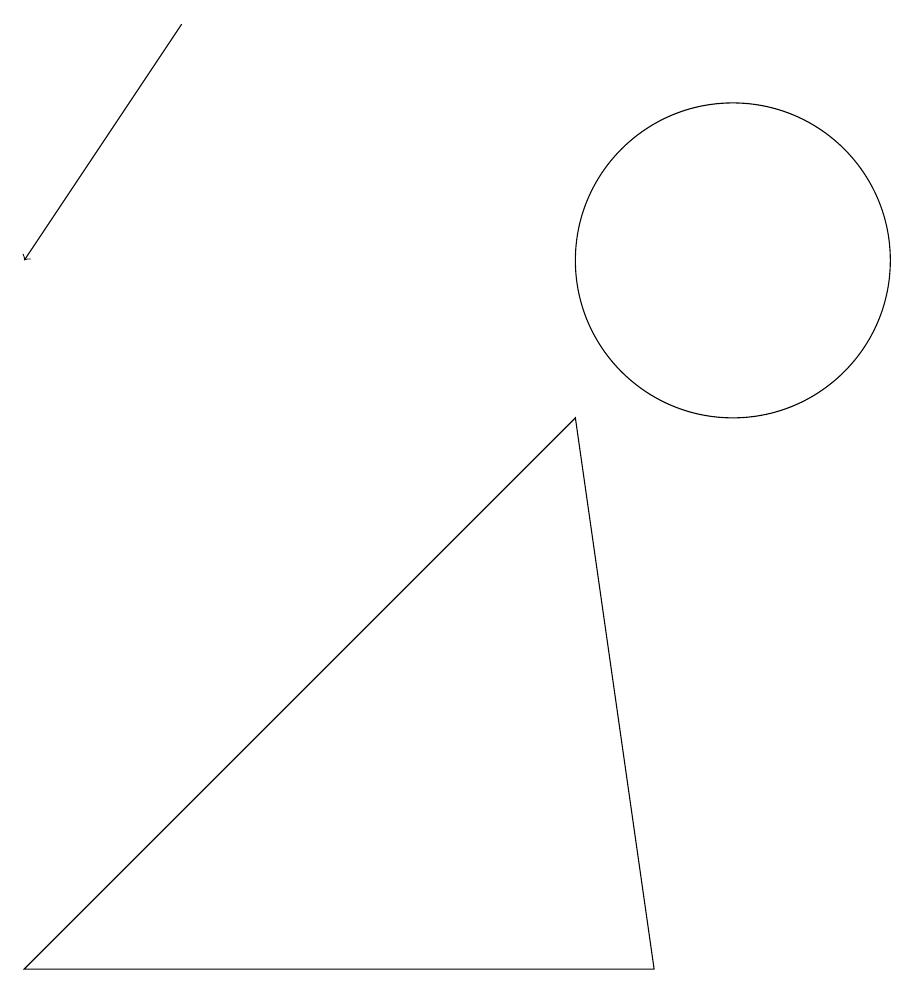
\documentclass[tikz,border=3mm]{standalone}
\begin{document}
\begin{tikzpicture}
\draw (10,11) circle (2);
\draw[->] (3,14) -- (1,11);
\draw (1,2) -- (8,9) -- (9,2) -- cycle;
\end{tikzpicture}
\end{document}